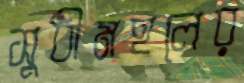
সুধীমহলের